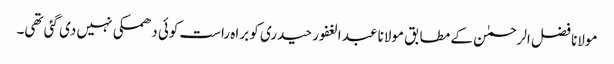
مولانا فضل الرحمٰن کے مطابق مولانا عبد الغفور حیدری کو براہ راست کوئی دھمکی نہیں دی گئی تھی۔